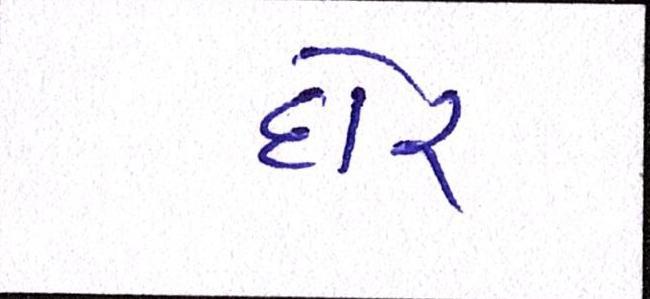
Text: દોર